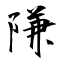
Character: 隒